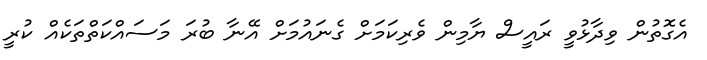
އެގޮތުން ވިދާޅުވީ ރައީސް ޔާމިން ވެރިކަމަށް ގެނައުމަށް އޭނާ ބުރަ މަސައްކަތްތަކެއް ކުރީ